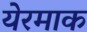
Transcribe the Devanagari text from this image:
येरमाक